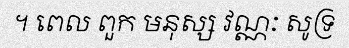
។ ពេល ពួក មនុស្ស វណ្ណៈ សូទ្រ